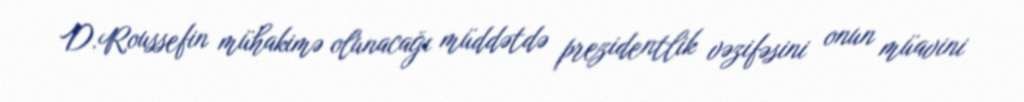
D.Roussefin mühakimə olunacağı müddətdə prezidentlik vəzifəsini onun müavini